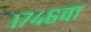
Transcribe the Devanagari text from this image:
१७४६वा